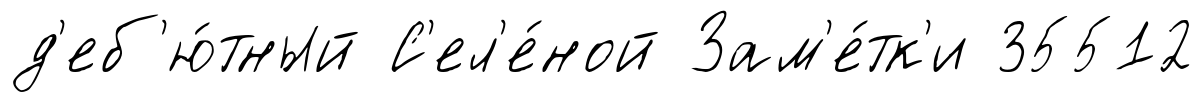
д'еб'ю́тный С'ел'е́ной Зам'е́тк'и 35512